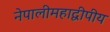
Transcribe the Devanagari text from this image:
नेपालीमहाद्वीपीय